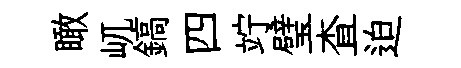
瞰屼鎬四竚璧查迫